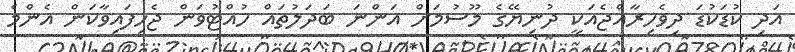
އަދި ކުޑަކުޑަ ދިވެހިރާއްޖެއަކީ ދުނިޔޭގެ މޫސުމަށް އަންނަ ބަދަލުތައް ހުއްޓުވަން ޖެހިފައިވާކަން އެންމެ